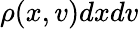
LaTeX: \rho(x,v)dxdv